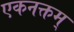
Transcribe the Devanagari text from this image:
एकनक्तम्